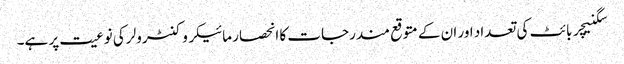
سگنیچر بائٹ کی تعداد اور ان کے متوقع مندرجات کا انحصار مائیکروکنٹرولر کی نوعیت پر ہے۔